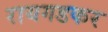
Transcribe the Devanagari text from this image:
रायगडकर